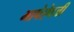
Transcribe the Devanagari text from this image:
भाषेऐवजी